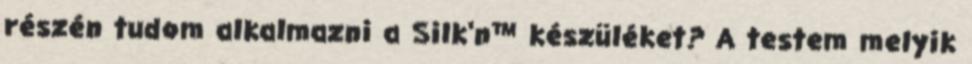
részén tudom alkalmazni a Silk‘n™ készüléket? A testem melyik